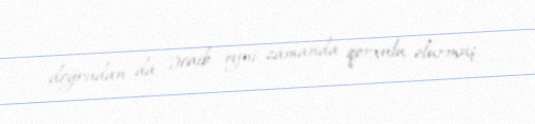
doğrudan da əcaib, eyni zamanda qorxulu olurmuş.